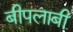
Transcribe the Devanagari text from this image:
बीपलाबी